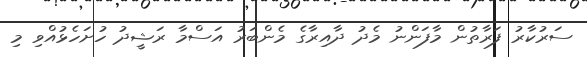
ސަރުކާރު ފަރާތުން މާފަންނު މެދު ދާއިރާގެ މެންބަރު އަސްމާ ރަޝީދު ހުށަހެޅުއްވި މި